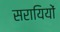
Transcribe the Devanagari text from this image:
सरायियों